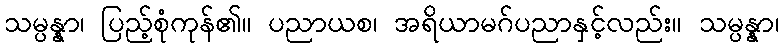
သမ္ပန္နာ၊ ပြည့်စုံကုန်၏။ ပညာယစ၊ အရိယာမဂ်ပညာနှင့်လည်း။ သမ္ပန္နာ၊